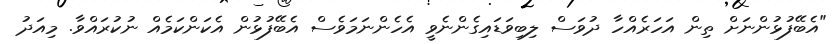
"އެބޭފުޅުންނަށް ތިން އަހަރެއްހާ ދުވަސް ލިބިވަޑައިގެންނެވީ އެހެންނަމަވެސް އެބޭފުޅުން އެކަންކަމެއް ނުކުރައްވާ. މިއަދު